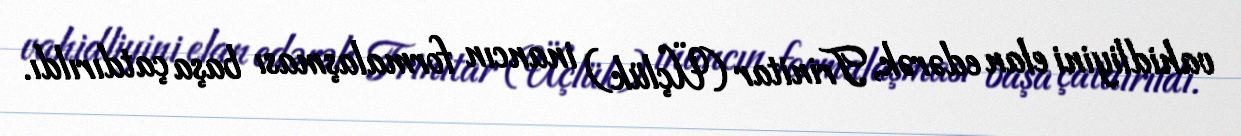
vahidliyini elan edərək, Trinitar (Üçlük) inancın formalaşması başa çatdırıldı.